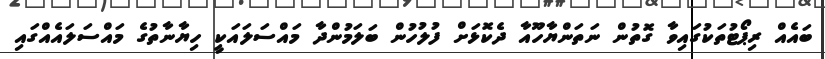
ބައެއް ރިޕޯޓުތަކުގައިވާ ގޮތުން ނަތަންޔާހޫއާ ދެކޮޅަށް ފުލުހުން ބަަލަމުންދާ މައްސަލައަކީ ހިޔާނާތުގެ މައްސަލައެއްގައި